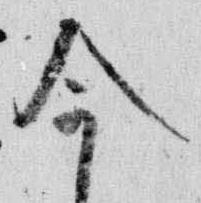
今